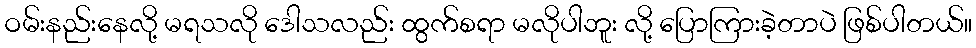
ဝမ်းနည်းနေလို့ မရသလို ဒေါသလည်း ထွက်စရာ မလိုပါဘူး လို့ ပြောကြားခဲ့တာပဲ ဖြစ်ပါတယ်။